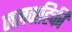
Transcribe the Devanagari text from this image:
जलवाहिकी